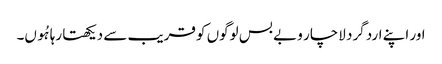
اور اپنے ارد گرد لاچار و بے بس لوگوں کو قریب سے دیکھتا رہا ہُوں۔